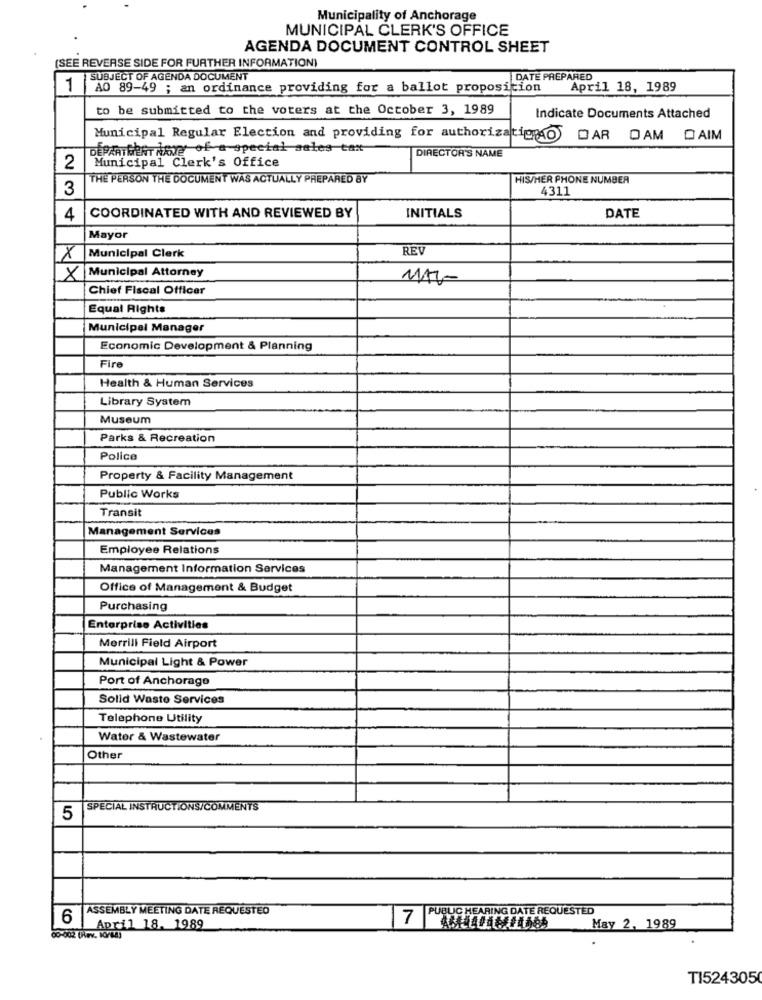
Municipality of Anchorage
MUNICIPAL CLERK'S OFFICE
AGENDA DOCUMENT CONTROL SHEET
(SEE REVERSE SIDE FOR FURTHER INFORMATION)
SUBJECT OF AGENDA DOCUMENT
DATE PREPARED
1
AO 89-49 ; an ordinance providing for a ballot proposition April 18, 1989
to be submitted to the voters at the October 3, 1989
Indicate Documents Attached
Municipal Regular Election and providing for authorizationo DAR OAM DAIM
DEPARTMENT NA?" of a special sales tax
Municipal Clerk's Office
DIRECTOR'S NAME
2
THE PERSON THE DOCUMENT WAS ACTUALLY PREPARED BY
HIS/HER PHONE NUMBER
3
4311
DATE
4
COORDINATED WITH AND REVIEWED BY
INITIALS
Mayor
RE
X
Municipal Clerk
Municipal Attorney
X
Chief Fiscal Officer
Equal Rights
Municipal Manager
Economic Development & Planning
Fire
Health & Human Services
Library System
Museum
Parks & Recreation
Police
Property & Facility Management
Public Works
Transit
Management Services
Employee Relations
Management Information Services
Office of Management & Budget
Purchasing
Enterprise Activities
Merrill Field Airport
Municipal Light & Power
Port of Anchorage
Solid Waste Services
Telephone Utility
Water & Wastewater
Other
SPECIAL INSTRUCTIONS/COMMENTS
5
ASSEMBLY MEETING DATE REQUESTED
6
7 PUBLIC HEARING DATE REQUESTED
April 18. 1989
May 2, 1989
00-002 UNVev. 10/88)
T1524305